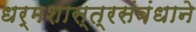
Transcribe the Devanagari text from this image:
धर्मशास्त्रसंबंधाने